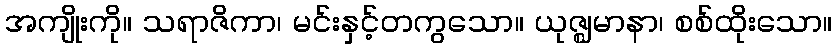
အကျိုးကို။ သရာဇိကာ၊ မင်းနှင့်တကွသော။ ယုဇ္ဈမာနာ၊ စစ်ထိုးသော။